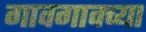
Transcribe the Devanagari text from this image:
गावगावच्या